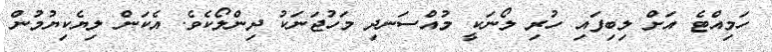
ހަމިއްޓެ އަށް ލިބިފައި ހުރި ލޯނަކީ މުއްސަނދި މަހުޖަނަކު ދިންލޯކެވެ. އެކަން ލިޔެކިޔުމުން